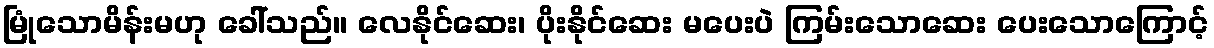
မြုံသောမိန်းမဟု ခေါ်သည်။ လေနိုင်ဆေး၊ ပိုးနိုင်ဆေး မပေးပဲ ကြမ်းသောဆေး ပေးသောကြောင့်